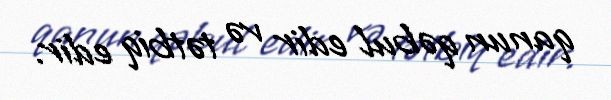
qanun qəbul edir və tətbiq edir.